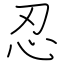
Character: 忍